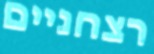
רצחניים